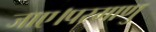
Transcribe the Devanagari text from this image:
जाए।परमाणु